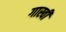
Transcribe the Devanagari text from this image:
गास्वी